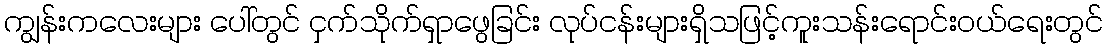
ကျွန်းကလေးများ ပေါ်တွင် ငှက်သိုက်ရှာဖွေခြင်း လုပ်ငန်းများရှိသဖြင့်ကူးသန်းရောင်းဝယ်ရေးတွင်